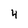
Character: 4